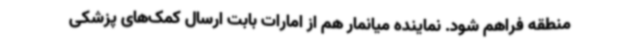
منطقه فراهم شود. نماینده میانمار هم از امارات بابت ارسال کمک‌های پزشکی